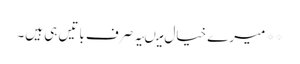
** میرے خیال میںیہ صرف باتیں ہی ہیں۔